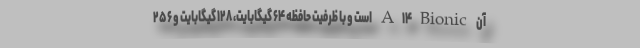
آن A۱۴Bionic است و با ظرفیت حافظه ۶۴ گیگابایت، ۱۲۸ گیگابایت و ۲۵۶